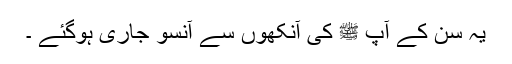
یہ سن کے آپ ﷺ کی آنکھوں سے آنسو جاری ہوگئے ۔